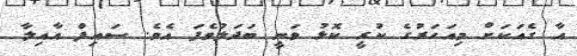
އާ ގެއަކަށް މިއަހަރުގެ ކުރީ ކޮޅު ވަނީ ބަދަލުވެފަ އެވެ. ސައިފް އާއިލާ